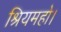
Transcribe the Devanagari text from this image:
श्रियमहो।